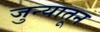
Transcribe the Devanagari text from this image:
जुन्यातून